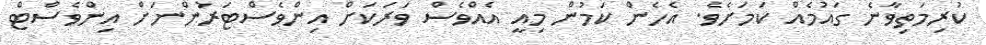
ކުރިމަތިވާނެ ގައުމެއް ކަމަށެވެ. އެހެން ކަމުން މިއީ އެއްވެސް ވަރަކަށް އިންވެސްޓަރުންނަށް އިންވެސްޓް